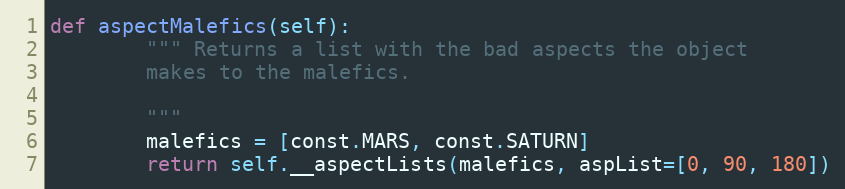
Language: Python
def aspectMalefics(self):
        """ Returns a list with the bad aspects the object
        makes to the malefics.

        """
        malefics = [const.MARS, const.SATURN]
        return self.__aspectLists(malefics, aspList=[0, 90, 180])